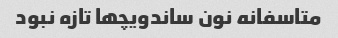
متاسفانه نون ساندویچها تازه نبود